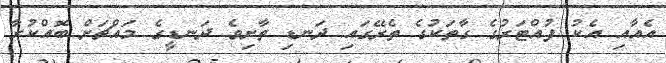
އެއާއި އެކު ފުއްޓަރުގެ ގާތަކުގެ ތެރޭގައި ދަނޑި ތާށިވެ ދަނޑީގެ މައްޗަށް ބޮއްކުރާ